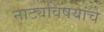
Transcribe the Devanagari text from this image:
नाट्यविषयांचे